Materia medica of Madras volume I
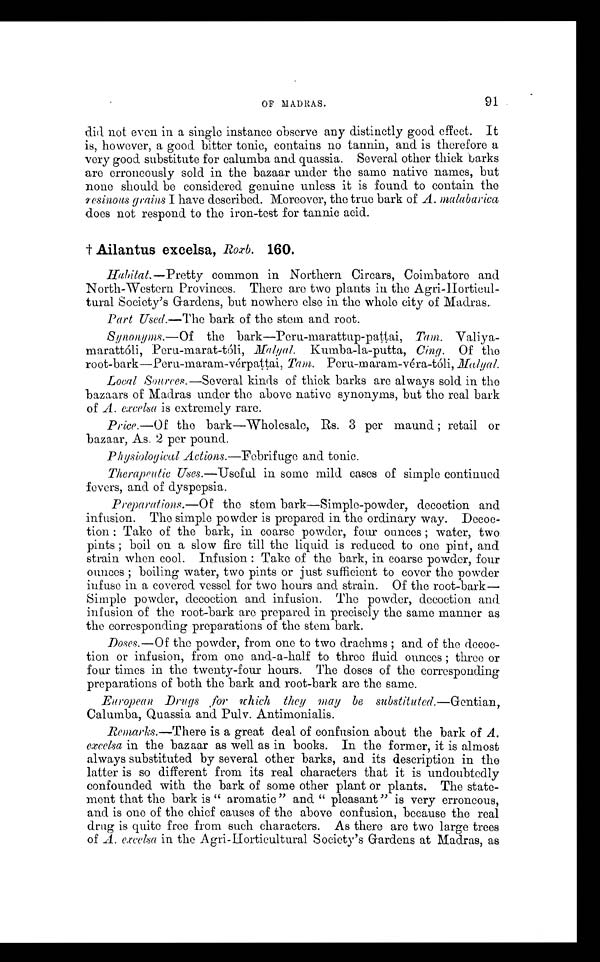
OF MADRAS.
91
did not even in a single instance observe any distinctly good effect. It
is, however, a good bitter tonic, contains no tannin, and is therefore a
very good substitute for calumba and quassia. Several other thick barks
are erroneously sold in the bazaar under the same native names, but
none should be considered genuine unless it is found to contain the
resinous grains I have described. Moreover, the true bark of A. mal abar i ca
does not respond to the iron-test for tannic acid.
† A i l a n t u s e x c e l s a ,
R o x b .
1 6 0 .
Habitat.— Pretty common in Northern Circars, Coimbatore and
North-Western Provinces. There are two plants in the
A g r i - H o r t i c u l t u r a l S o c i e t y ' s G a r d e n s , b u t n o w h e r e e l s ei
n
t h e w h o l e c i t y o f M a d r a s .
Part Used. —The bark of the stem and root.
Synonyms. —Of the bark—Peru-marattup-pattai, Tam.
Valiyamarattóli, Peru-marat-tóli, Malyal. Kumba-la-putta, Cing. Of the
root-bark—Peru-maram-vérpattai, Tam. Peru-maram-véra-tóli, Malyal.
Local Sources. —Several kinds of thick barks are always sold in the
bazaars of Madras under the above native synonyms, but the real bark
of A. excelsa is extremely rare.
Price. —Of the bark—Wholesale, Rs. 3 per maund; retail or
bazaar, As. 2 per pound.
Physiological Actions.—Febrifuge and tonic.
Therapeutic Uses.—Useful in some mild cases of simple continued
fevers, and of dyspepsia.
Preparations. —Of the stem bark—Simple-powder, decoction and
infusion. The simple powder is prepared in the ordinary way. Decoc-
tion; Take of the bark, in coarse powder, four ounces; water, two
pints; boil on a slow fire till the liquid is reduced to one pint, and
strain when cool. Infusion: Take of the bark, in coarse powder, four
ounces; boiling water, two pints or just sufficient to cover the powder
infuse in a covered vessel for two hours and strain. Of the root-bark
— S i m p l e p o w d e r , d e c o c t i o n a n d i n f u s i o n . T h e p o w d e r , d e c o c t i o n a n d
infusion of the root-bark are prepared in precisely the same manner as
the corresponding preparations of the stem bark.
Doses. —Of the powder, from one to two drachms; and of the decoc-
tion or infusion, from one and-a-half to three fluid ounces; three or
four times in the twenty-four hours. The doses of the corresponding
preparations of both the bark and root-bark are the same.
European Drugs ,for which they may be substituted. —Gentian,
Calumba, Quassia and Pulv. Antimonialis.
Remarks. —T here is a great deal of confusion about the bark of A.
excelsa in the bazaar as well as in books. In the former, it is almost
always substituted by several other barks, and its description in the
latter is so different from its real characters that it is undoubtedly
confounded with the bark of some other plant or plants. The state-
ment that the bark is "aromatic" and "pleasant" is very erroneous,
and is one of the chief causes of the above confusion, because the real
drug is quite free from such characters. As there are two large trees
of A. excelsa in the Agri-Horticultural Society's Gardens at Madras, as